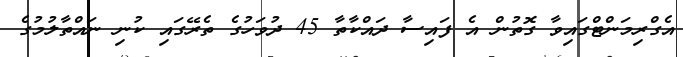
އެގްރިމަންޓްގައިވާ ގޮތުން އެ ފައިސާ ދައްކާތާ 45 ދުވަހުގެ ތެރޭގައި ކުނި ނައްތާލުމުގެ